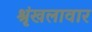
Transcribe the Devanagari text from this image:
श्रृंखलावार